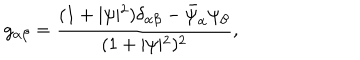
g _ { \alpha \beta } = \frac { ( 1 + \vert \psi \vert ^ { 2 } ) \delta _ { \alpha \beta } - \bar { \psi } _ { \alpha } \psi _ { \beta } } { ( 1 + \vert \psi \vert ^ { 2 } ) ^ { 2 } } ,